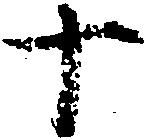
十